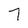
Character: 7